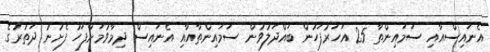
އެނައިސްއާއި ސަމައިންތާ 25 އަހަރުފަހުން ބައްދަލުވުން ސަމައިންތާއާއި އެނައިސް ދިމާވުމަށްފަހު ފެށުނު ދަތުރުގެ